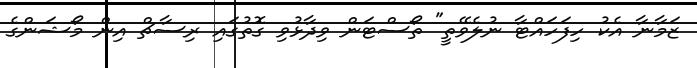
ޒަމާނާ އެކު ހިފަހައްޓާ ނުލެވޭތީ" ތޯސްޓަން ވިދާޅުވި ގޮތުގައި ރިސާޗް އިން މޯޝަންގެ